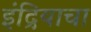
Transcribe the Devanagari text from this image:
इंद्रियाचा